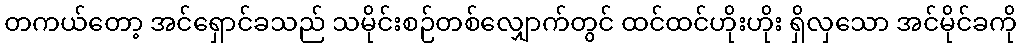
တကယ်တော့ အင်ရှောင်ခသည် သမိုင်းစဉ်တစ်လျှောက်တွင် ထင်ထင်ဟိုးဟိုး ရှိလှသော အင်မိုင်ခကို